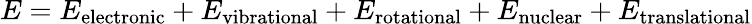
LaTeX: E=E_{\mathrm{{electronic}}}+E_{\mathrm{{vibrational}}}+E_{\mathrm{{rotational}}}+E_{\mathrm{{nuclear}}}+E_{\mathrm{{translational}}}